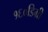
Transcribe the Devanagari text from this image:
१६०डिग्री